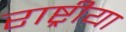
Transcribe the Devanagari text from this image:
राष्ट्रीया